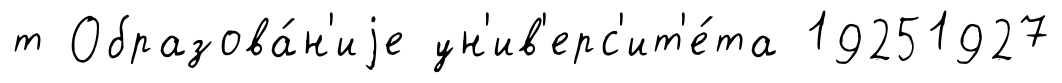
т Образова́н'иjе ун'ив'ерс'ит'е́та 19251927